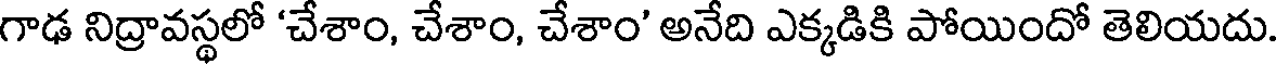
గాఢ నిద్రావస్థలో 'చేశాం, చేశాం, చేశాం' అనేది ఎక్కడికి పోయిందో తెలియదు.